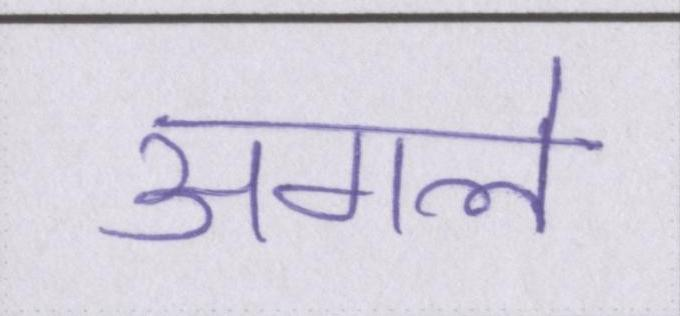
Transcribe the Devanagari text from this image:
अगले